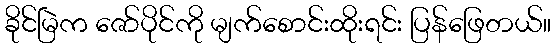
ခိုင်မြဲက ဇော်ပိုင်ကို မျက်စောင်းထိုးရင်း ပြန်ဖြေတယ်။